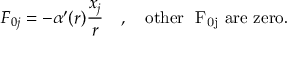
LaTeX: { \cal F } _ { 0 j } = - \alpha ^ { \prime } ( r ) \frac { x _ { j } } r \quad , \quad \mathrm { o t h e r ~ { \cal ~ F } _ { 0 j } ~ a r e ~ z e r o } .